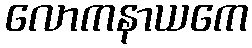
လောကနာယကေ